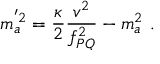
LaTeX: m _ { a } ^ { ^ { \prime } 2 } = { \frac { \kappa } { 2 } } { \frac { v ^ { 2 } } { f _ { P Q } ^ { 2 } } } - m _ { a } ^ { 2 } ~ .